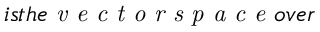
i s t h e \emph { v e c t o r s p a c e } o v e r